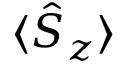
\langle \hat { S } _ { z } \rangle